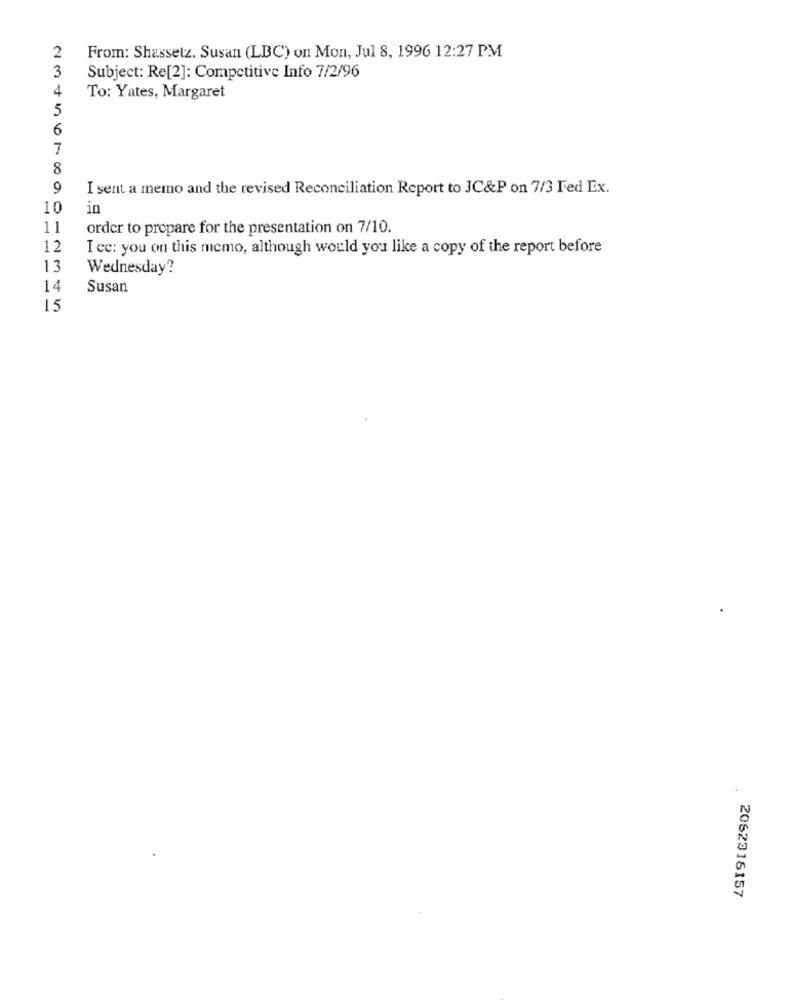
2
From: Shassetz, Susan (LBC) on Mon, Jul 8, 1996 12:27 PM
3
Subject: Re[2]: Competitive Info 7/2/96
4
To: Yates, Margaret
5
6
7
8
9
I sent a memo and the revised Reconciliation Report to JC&P on 7/3 Fed Ex.
10
in
11
order to prepare for the presentation on 7/10.
12
I ce: you on this memo, although would you like a copy of the report before
13
Wednesday?
14
Susan
15
.
2062316157